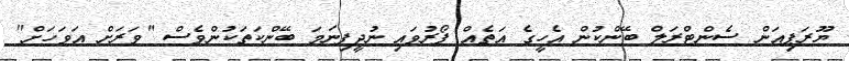
ޔޫރަޕިއަން ސެންޓްރަލް ބޭންކުން އެހީގެ އަތެއް ފޯރުވައި ނުދީފިނަމަ ބޭންކަތަކުންވެސް "ވަރަށް އަވަހަށް"